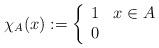
LaTeX: \begin{align*} \chi_A(x) := \left\{ \begin{array}{ll} 1 & x \in A \\ 0 & \end{array} \right.\end{align*}